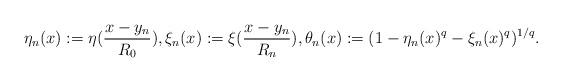
LaTeX: \begin{align*}\eta_n(x):=\eta(\frac{x-y_n}{R_0}),\xi_n(x):=\xi(\frac{x-y_n}{R_n}),\theta_n(x):=(1-\eta_n(x)^q-\xi_n(x)^q)^{1/q}. \end{align*}